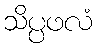
သိပ္ပဖလံ